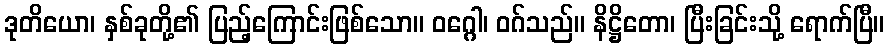
ဒုတိယော၊ နှစ်ခုတို့၏ ပြည့်ကြောင်းဖြစ်သော။ ဝဂ္ဂေါ၊ ဝဂ်သည်။ နိဋ္ဌိတော၊ ပြီးခြင်းသို့ ရောက်ပြီ။